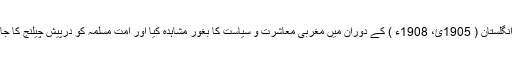
علامہ محمد اقبال رحمہ اللہ نے اپنے قیام انگلستان ( 1905ئ، 1908ء ) کے دوران میں مغربی معاشرت و سیاست کا بغور مشاہدہ کیا اور امت مسلمہ کو درپیش چیلنج کا جائزہ لے کر اپنی فکری راہ عمل متعین کی۔